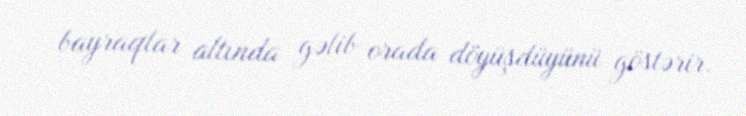
bayraqlar altında gəlib orada döyüşdüyünü göstərir.